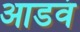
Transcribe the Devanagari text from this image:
आडवं